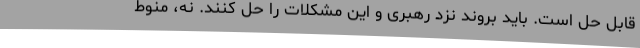
قابل حل است. باید بروند نزد رهبری و این مشکلات را حل کنند. نه، منوط